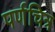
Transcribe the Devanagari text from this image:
पर्णचित्र